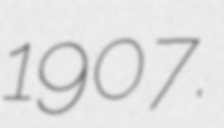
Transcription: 1907.